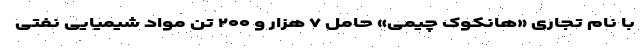
با نام تجاری «هانکوک چیمی» حامل ۷ هزار و ۲۰۰ تن مواد شیمیایی نفتی